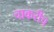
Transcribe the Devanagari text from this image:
चाकरीच